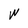
Character: W